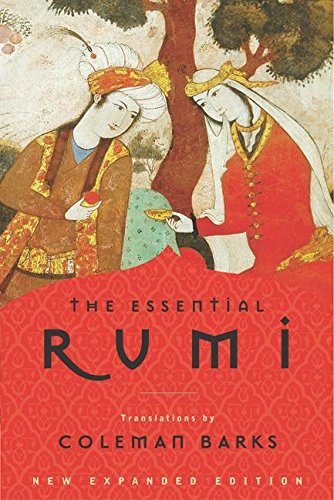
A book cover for The Essential Rumi; Jalal al-Din Rumi; Literature & Fiction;